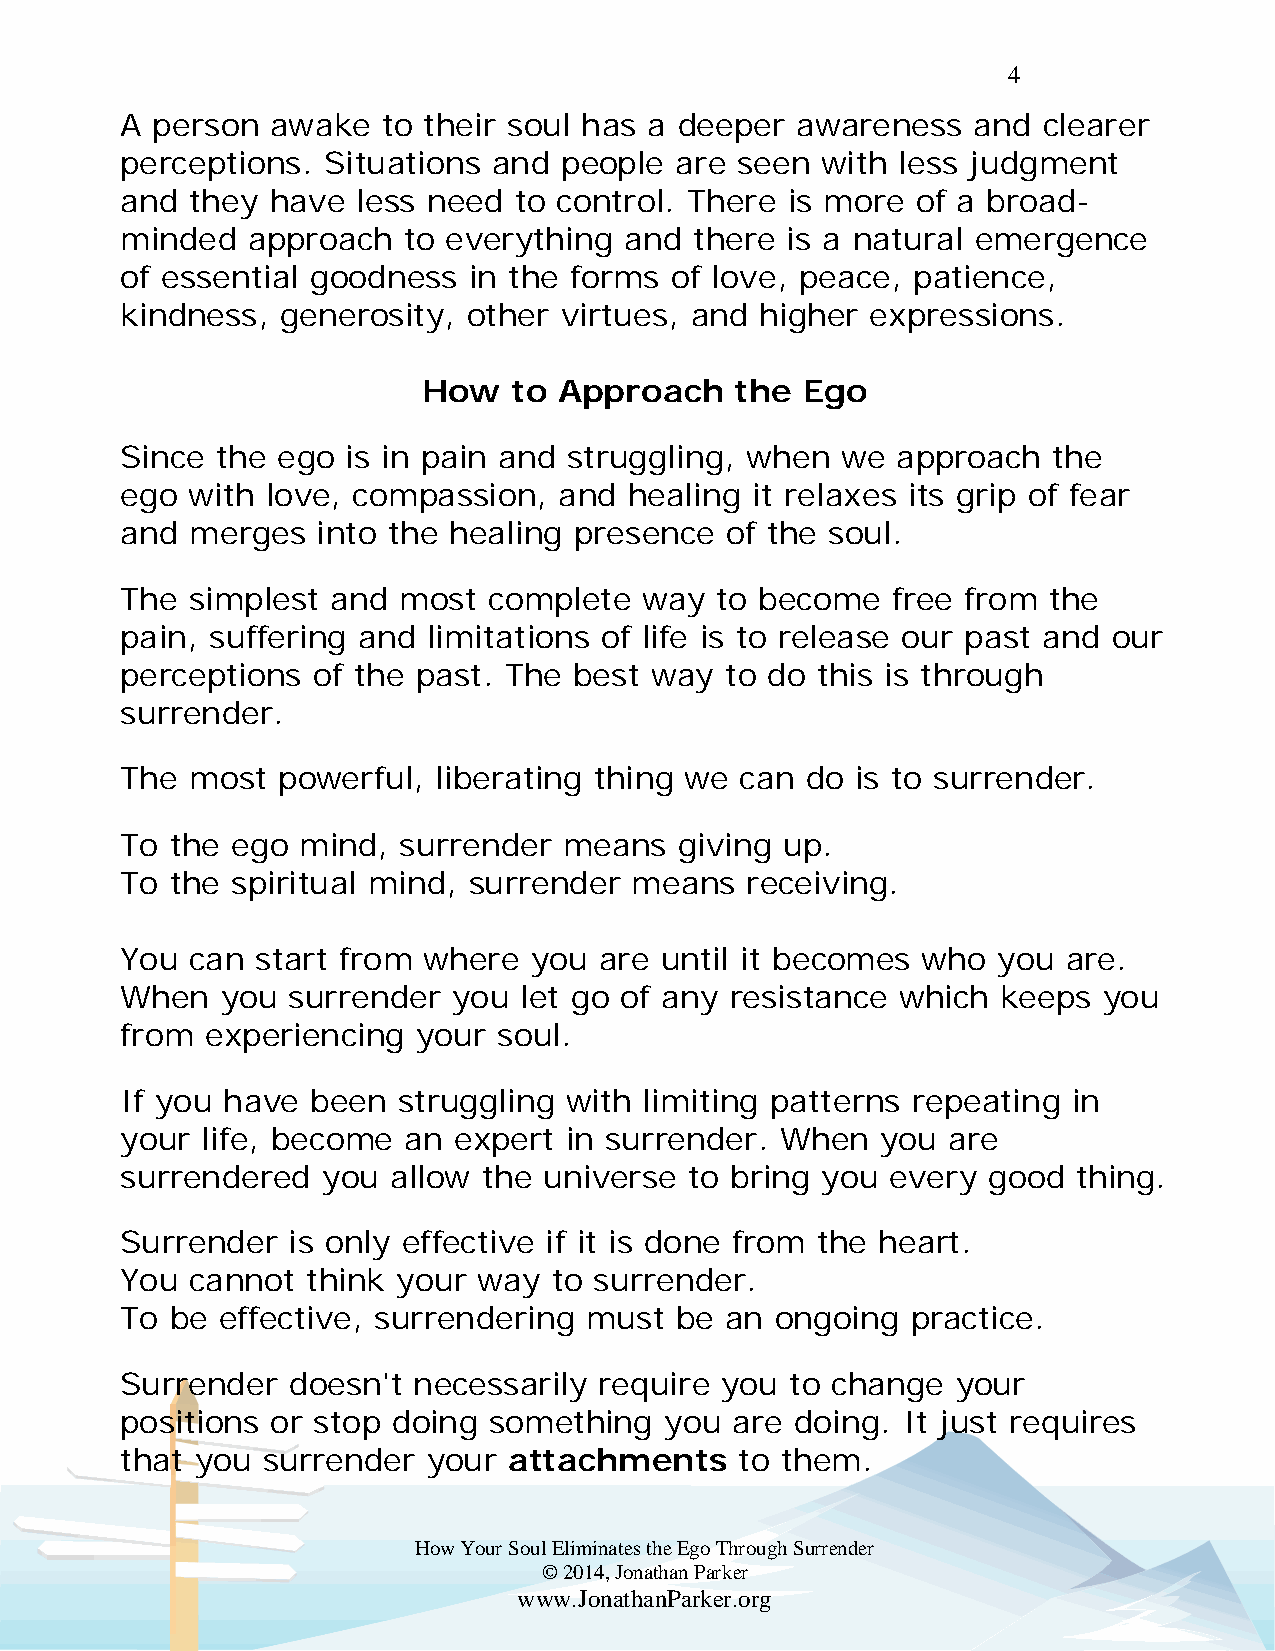
4
 A person  awake  to their soul has a deeper  awareness  and  clearer
 perceptions. Situations  and people  are seen with less judgment
 and  they have  less need to control. There is more  of a broad-
 minded  approach   to everything and  there is a natural emergence
 of essential goodness  in the forms of love, peace, patience,
 kindness,  generosity, other virtues, and higher  expressions.
 How   to Approach    the Ego
 Since the ego  is in pain and struggling, when  we approach   the
 ego with  love, compassion,  and  healing it relaxes its grip of fear
 and  merges  into the healing presence  of the soul.
 The  simplest and most  complete   way to become   free from the
 pain, suffering and limitations of life is to release our past and our
 perceptions  of the past. The best way  to do this is through
 surrender.
 The  most powerful,  liberating thing we can do  is to surrender.
 To the ego  mind, surrender  means   giving up.
 To the spiritual mind, surrender  means  receiving.
 You  can start from where  you  are until it becomes who  you  are.
 When   you surrender  you let go of any resistance  which keeps  you
 from  experiencing  your soul.
 If you have  been struggling with  limiting patterns repeating in
 your life, become  an expert in surrender.  When  you  are
 surrendered  you  allow the universe  to bring you every good  thing.
 Surrender  is only effective if it is done from the heart.
 You  cannot think your  way  to surrender.
 To be effective, surrendering  must  be an ongoing  practice.
 Surrender  doesn't necessarily  require you to change  your
 positions or stop doing something   you are  doing. It just requires
 that you surrender  your  attachments    to them.
 How Your Soul Eliminates the Ego Through Surrender
 © 2014, Jonathan Parker
 www.JonathanParker.org